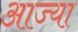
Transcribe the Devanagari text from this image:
आज्या